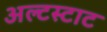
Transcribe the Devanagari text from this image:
अल्टस्टाट